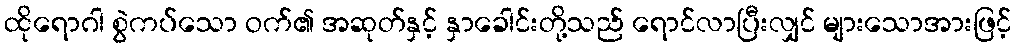
ထိုရောဂါ စွဲကပ်သော ဝက်၏ အဆုတ်နှင့် နှာခေါင်းတို့သည် ရောင်လာပြီးလျှင် များသောအားဖြင့်